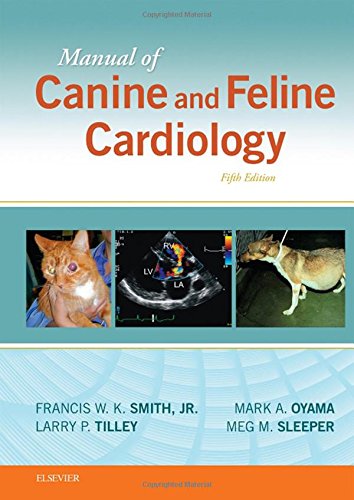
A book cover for Manual of Canine and Feline Cardiology, 5e; Francis W. K. Smith Jr. DVM  DACVIM(Internal Medicine & Cardiology); Medical Books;